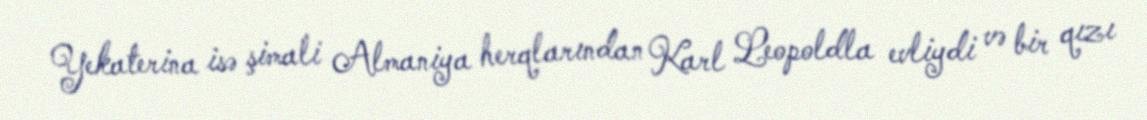
Yekaterina isə şimali Almaniya herqlarından Karl Leopoldla evliydi və bir qızı